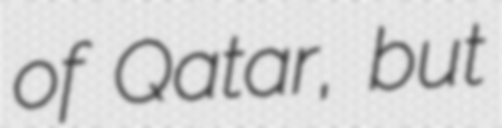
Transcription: of Qatar, but